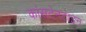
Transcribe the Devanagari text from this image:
कांसटेनटाइन